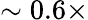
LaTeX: \sim 0.6\times